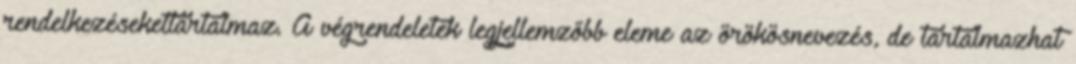
rendelkezésekettartalmaz. A végrendeletek legjellemzőbb eleme az örökösnevezés, de tartalmazhat